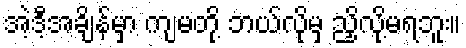
အဲ့ဒီ့အချိန်မှာ ကျမတို့ ဘယ်လိုမှ ညှိလို့မရဘူး။